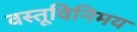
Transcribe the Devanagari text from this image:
वस्तूविनिमय